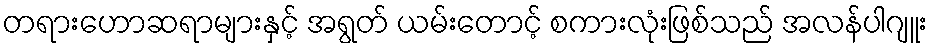
တရားဟောဆရာများနှင့် အရွတ် ယမ်းတောင့် စကားလုံးဖြစ်သည် အလန်ပါဂျူး